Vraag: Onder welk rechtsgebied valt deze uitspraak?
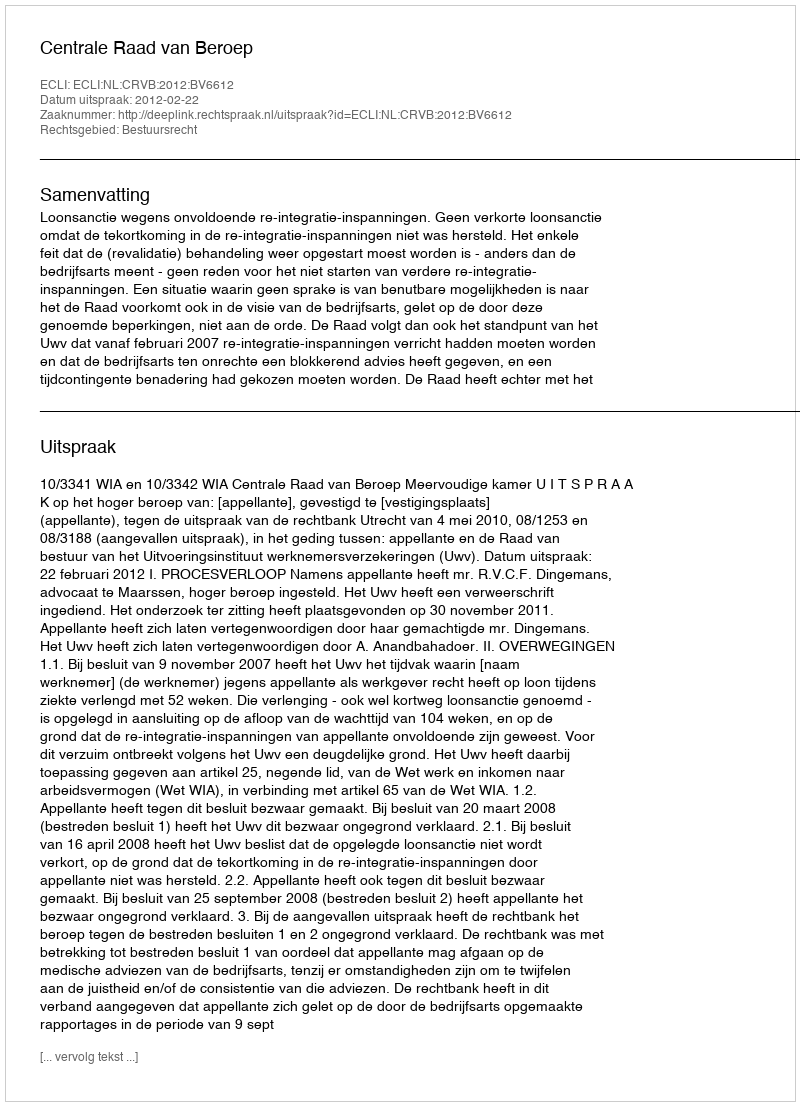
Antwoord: Bestuursrecht